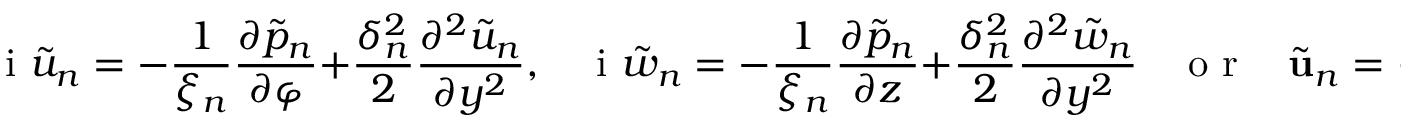
\mathrm { ~ i ~ } \tilde { u } _ { n } = - \frac { 1 } { \xi _ { n } } \frac { \partial \tilde { p } _ { n } } { \partial \varphi } + \frac { \delta _ { n } ^ { 2 } } { 2 } \frac { \partial ^ { 2 } \tilde { u } _ { n } } { \partial y ^ { 2 } } , \ \ \ \ \mathrm { ~ i ~ } \tilde { w } _ { n } = - \frac { 1 } { \xi _ { n } } \frac { \partial \tilde { p } _ { n } } { \partial z } + \frac { \delta _ { n } ^ { 2 } } { 2 } \frac { \partial ^ { 2 } \tilde { w } _ { n } } { \partial y ^ { 2 } } \ \ \ \ \mathrm { ~ o ~ r ~ } \ \ \ \ \tilde { \mathbf { u } } _ { n } = \frac { \mathrm { ~ i ~ } } { \xi _ { n } } \nabla \tilde { p } _ { n } F _ { n } \left( y \right) ,